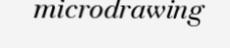
microdrawing